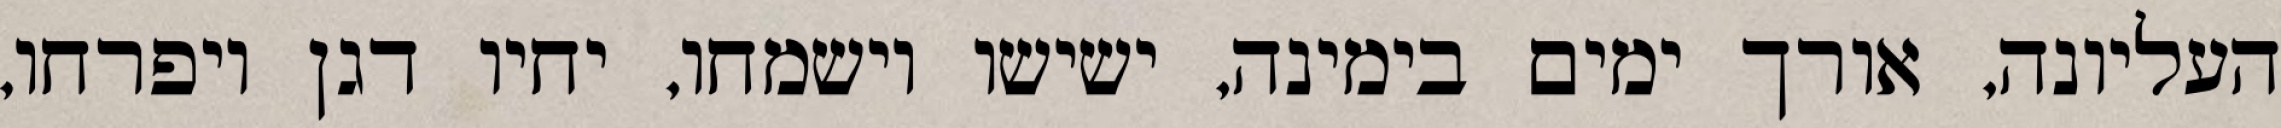
העליונה, אורך ימים בימינה, ישישו וישמחו, יחיו דגן ויפרחו,